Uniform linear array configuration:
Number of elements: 16
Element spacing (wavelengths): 0.25
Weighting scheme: kaiser
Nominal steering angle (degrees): -45
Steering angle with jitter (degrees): -44.665
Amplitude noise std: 0.05
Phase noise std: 0.05

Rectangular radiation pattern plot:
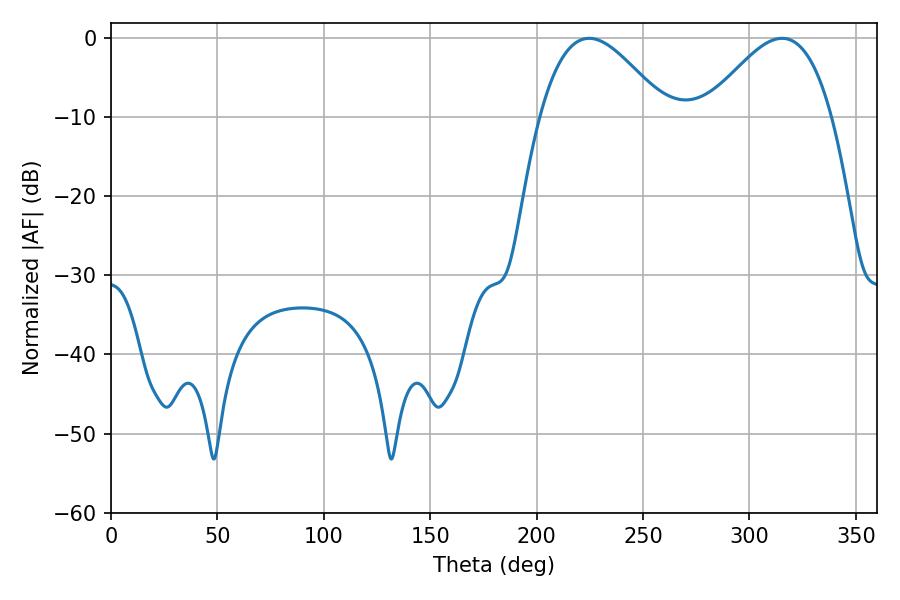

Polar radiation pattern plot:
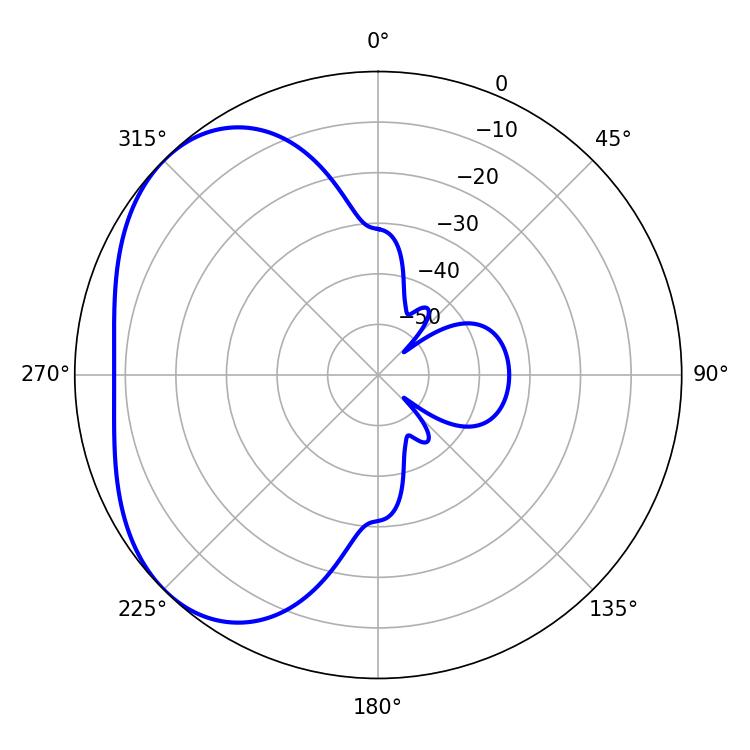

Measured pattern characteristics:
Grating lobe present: FALSE
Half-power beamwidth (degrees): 32.04
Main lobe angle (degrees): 224.64